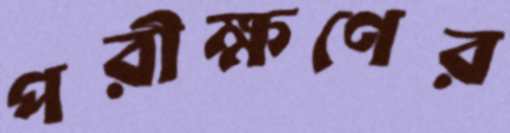
পরীক্ষণের